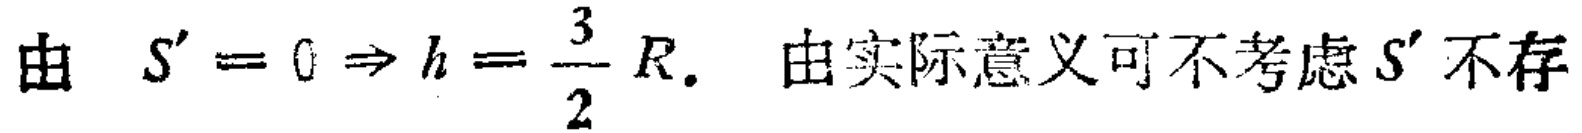
由 \(S' = 0 \Rightarrow h = \frac{3}{2}R.\) 由实际意义可不考虑 \(S'\) 不存